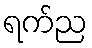
ရက်ည